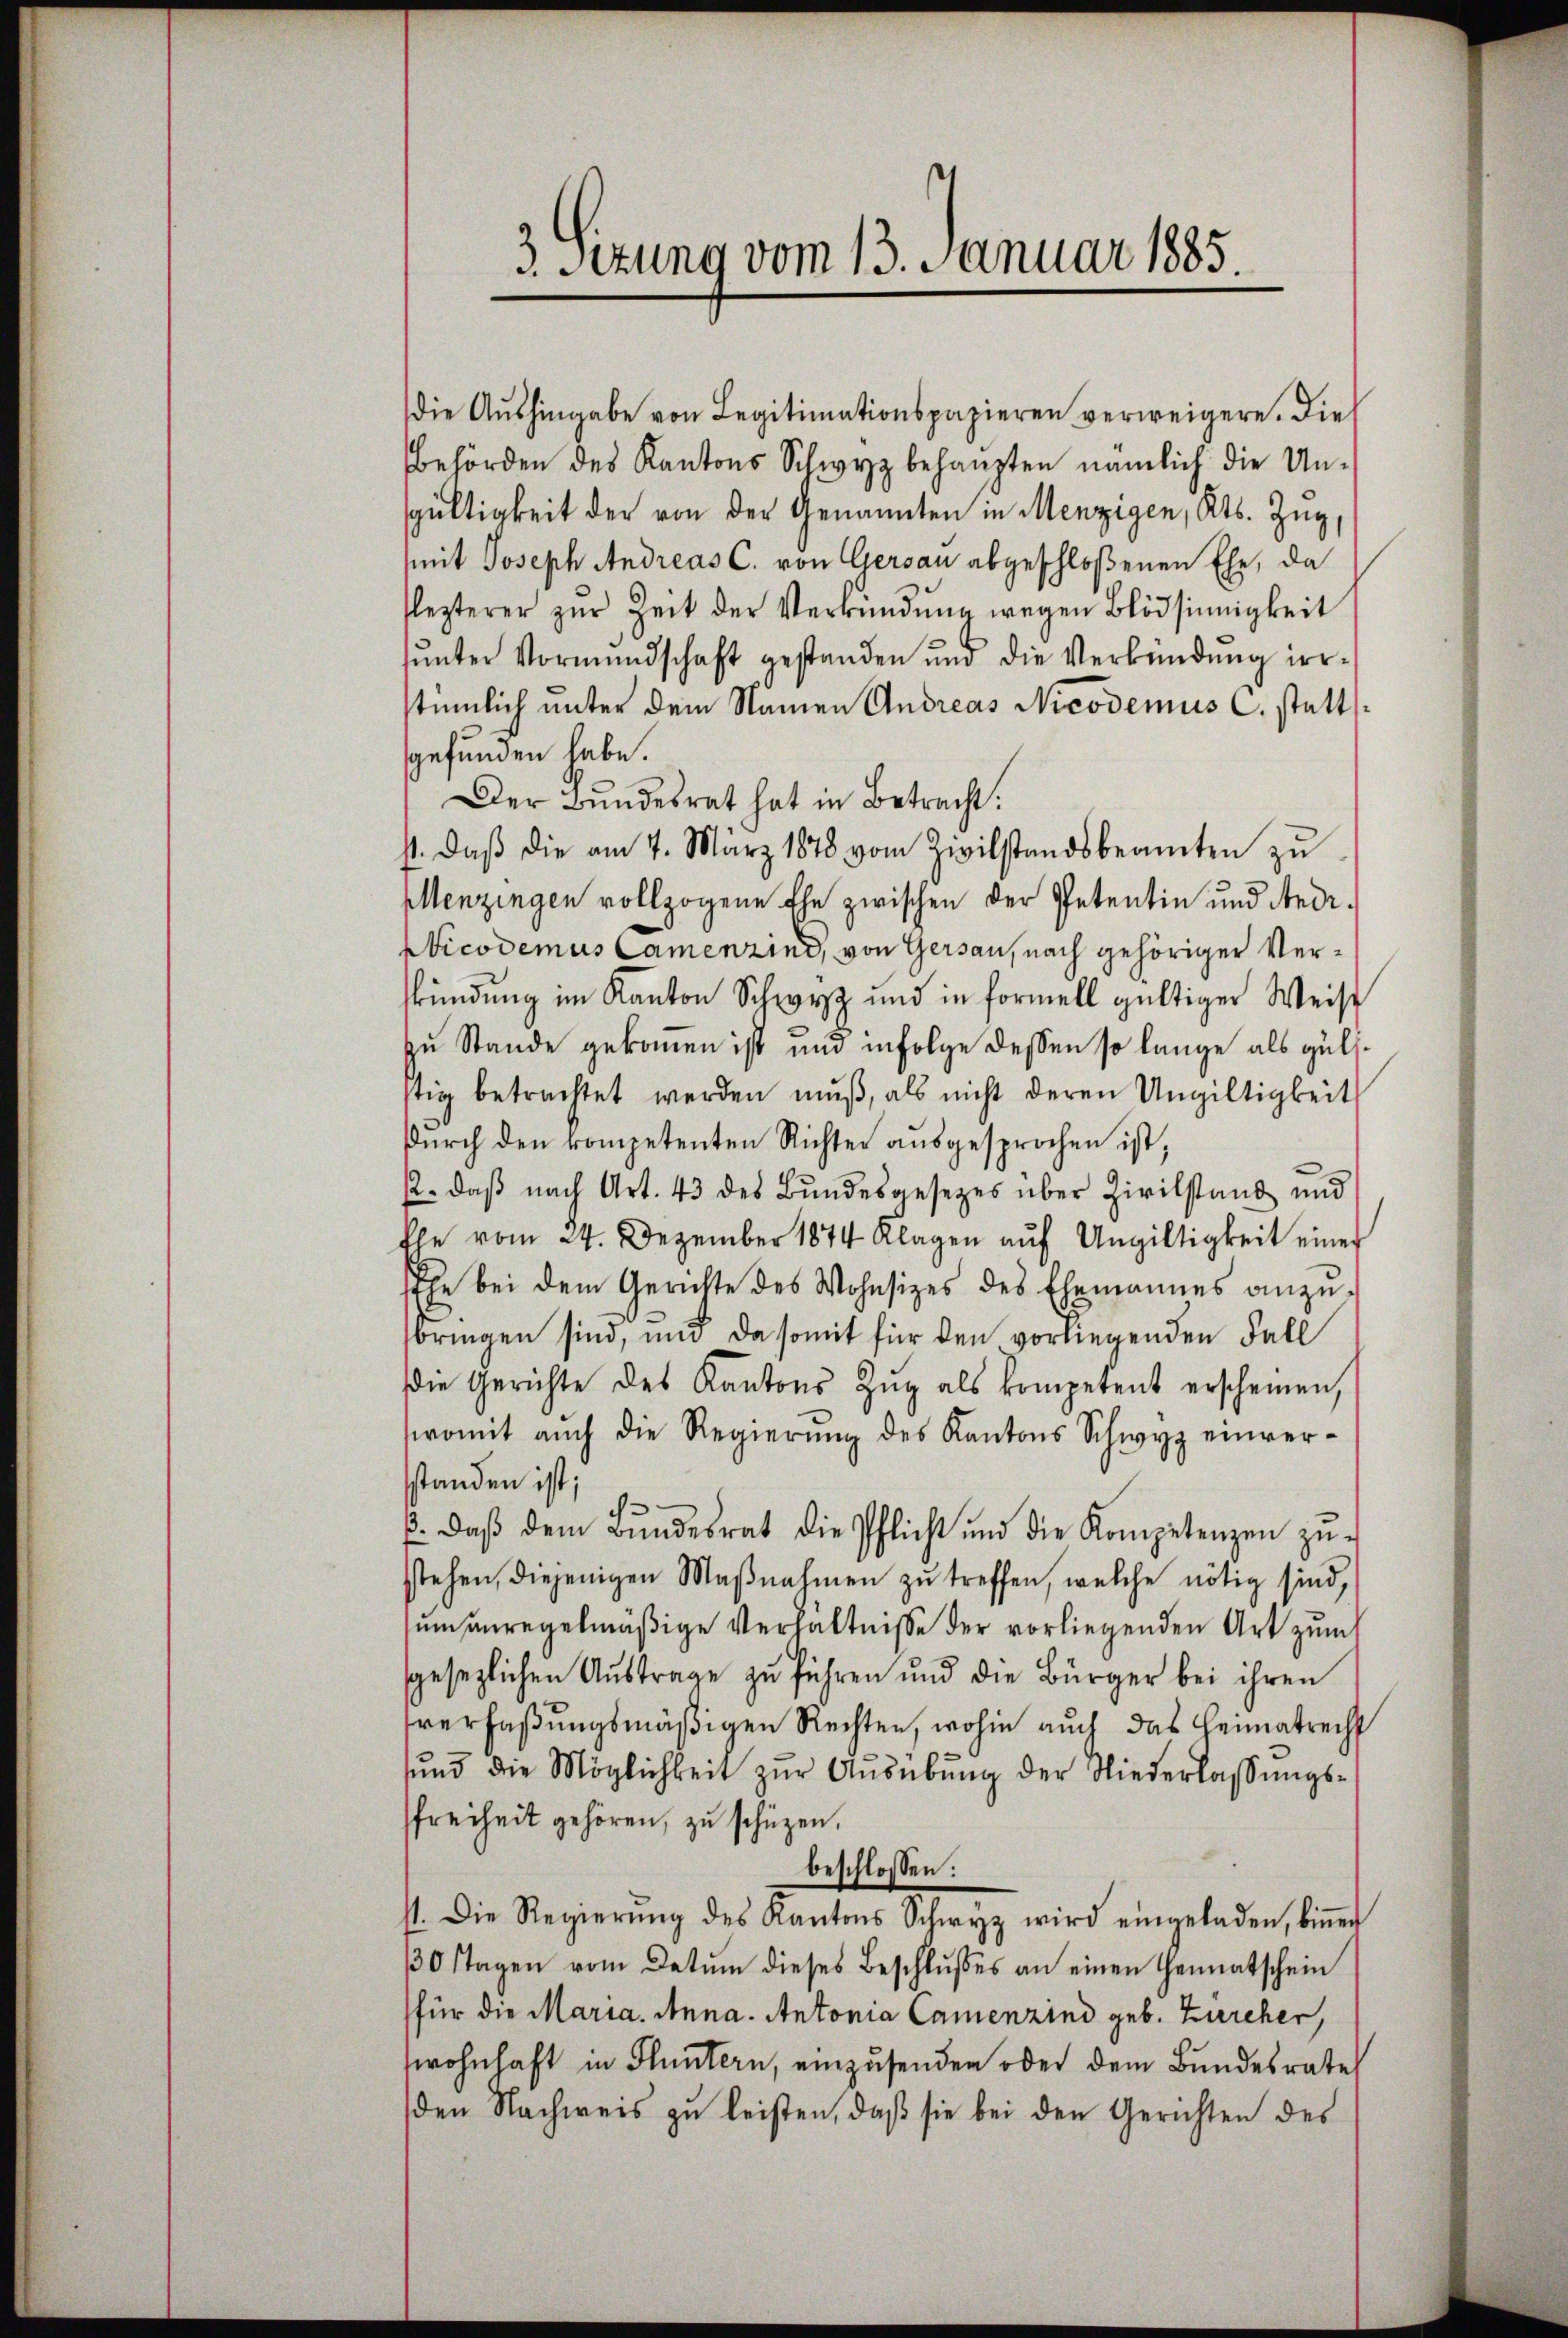
3. Sitzung vom 13. Januar 1885.

die Aŭshingabe von Legitimationspapieren verweigere. Die
behörden des Kantons Schwyz behaupten nämlich die Unspültigkeit der von der Genannten in Menzigen, Kts. Zŭg,
seit Joseph Andreas C. von Gersau abgeschloßenen Ehe, da
lezterer zŭr Zeit der Verkŭndŭng wegen Blödsinnigkeit
ŭnter Vormundschaft gestanden und die Verbindŭng irr-
stümlich unter dem Namen Andreas Nicodemus C. stattgefunden habe.
Der Bundesrat hat in Betracht.
st. daβ die am 7. März 1878 vom Zivilstandsbeamten zŭ
Ellenzingen vollzogene Ehe zwischen der Petentin und Andr¬
Nicodemus Camenzind, von Gersau, nach gehöriger Verkündung im Kanton Schwyz und in formell gültiger Weise
zu Stande gekommen ist und infolge dessen so lange als gülstig betrachtet werden mŭβ, als nicht deren Ungültigkeit
durch den kompetenten Richter ausgesprochen ist,
22. daß nach Art. 43 des Bundesgesetzes über Zivilstand und
Ehe vom 24. Dezember 1874 Klagen aŭf Ungültigkeit einer
Ehe bei dem Gerichte des Wohnsizes des Ehemannes anzu-
bringen sind, und da somit für den vorliegenden Fall
die Gerichte des Kantons Zŭg als kompetent erscheinen,
womit auch die Regierŭng des Kantons Schwyz einverstanden ist,
E. daβ dem Bŭndesrat die Pflicht und die Kompetenzen zŭ-
stehen, diejenigen Maβnahmen zŭ treffen, welche nötig sind,
um anregelmäßige Verhältnisse der vorliegenden Art zum
sgesezlichen Austrage zu führen und die Bürger bei ihren
sverfaßungsmäßigen Rechten, wohin auch das Heimatrecht
ŭnd die Möglichkeit zŭr Aŭsübŭng der Niederlassŭngs-
sfreiheit gehören, zu schüzen.
beschlossen:
st. Die Regierŭng des Kantons Schwyz wird eingeladen, binner
0 Tagen vom Datum dieses Beschlŭsses an einen Genatschein
für die Maria. Anna. Antonia Camenzind geb. Zürcher,
wohnhaft in Fluntern, einzusenden oder dem Bundesrate
den Nachweis zu leisten, daß sie bei den Gerichten des